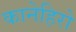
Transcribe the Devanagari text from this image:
कानेहिरो